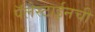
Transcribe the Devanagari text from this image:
पॅलेस्टाईनची